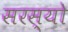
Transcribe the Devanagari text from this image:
सरस्‍यो